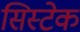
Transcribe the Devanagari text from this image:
सिस्टेक